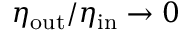
\eta _ { \mathrm { o u t } } / \eta _ { \mathrm { i n } } \to 0